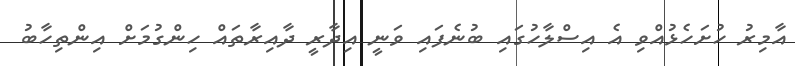
އާމިރު ހުށަހެޅުއްވި އެ އިސްލާހުގައި ބުނެފައި ވަނީ އިދާރީ ދާއިރާތައް ހިންގުމަށް އިންތިހާބު